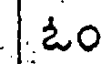
ఓం